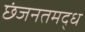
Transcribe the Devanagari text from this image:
छंजनतमद्ध